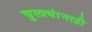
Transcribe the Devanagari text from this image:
चुलत्यांनाही